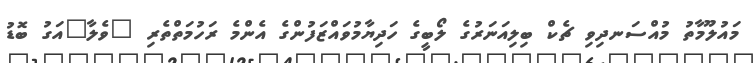
މައުލޫމާތު މުއްސަނދިވި ޗެކް ބިލިއަނަރުގެ ލޯބީގެ ހަދިޔާމުވައްޒަފުންގެ އެންމެ ރަހުމަތްތެރި "ވެލާ"އަގު ބޮޑު